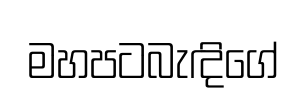
මහපටබැඳිගේ